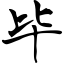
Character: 毕